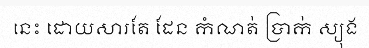
នេះ ដោយសារតែ ដែន កំណត់ ប្រាក់ ស្យុង